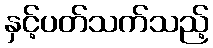
နှင့်ပတ်သက်သည့်